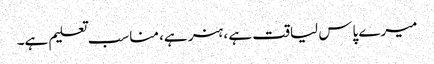
میرے پاس لیاقت ہے ، ہنر ہے، مناسب تعلیم ہے۔